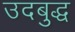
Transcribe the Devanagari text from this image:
उदबुद्ध